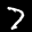
Label: 7